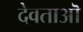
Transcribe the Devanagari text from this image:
देवताऒ